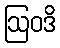
ဩဝဒိ